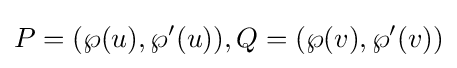
P=(\wp (u),\wp '(u)),Q=(\wp (v),\wp '(v))